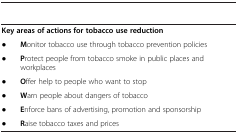
<table><thead><tr><td colspan="2">[EMPTY_CELL]</td></tr></thead><tbody><tr><td colspan="2"><b>Key areas of actions for tobacco use reduction</b></td></tr><tr><td>●</td><td> <b>M</b>onitor tobacco use through tobacco prevention policies</td></tr><tr><td>●</td><td> <b>P</b>rotect people from tobacco smoke in public places and workplaces</td></tr><tr><td>●</td><td> <b>O</b>ffer help to people who want to stop</td></tr><tr><td>●</td><td> <b>W</b>arn people about dangers of tobacco</td></tr><tr><td>●</td><td> <b>E</b>nforce bans of advertising, promotion and sponsorship</td></tr><tr><td>●</td><td> <b>R</b>aise tobacco taxes and prices</td></tr></tbody></table>